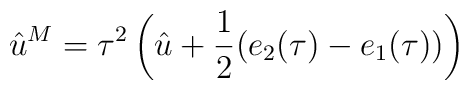
\hat{u}^M=\tau ^{2} \left(\hat{u}+\frac {1}{2}(e_{2}(\tau) -e_{1}(\tau))\right)